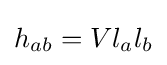
h_{ab}=Vl_{a}l_{b}